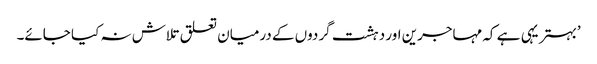
’بہتر یہی ہے کہ مہاجرین اور دہشت گردوں کے درمیان تعلق تلاش نہ کیا جائے۔